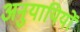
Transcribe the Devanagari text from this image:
अनुयायियों